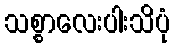
သစ္စာလေးပါးသိပုံ